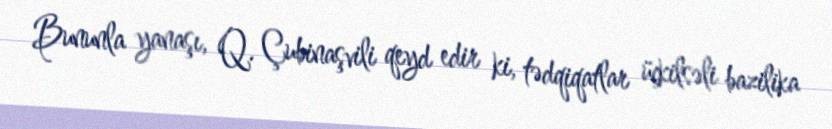
Bununla yanaşı, Q. Çubinaşvili qeyd edir ki, tədqiqatlar üçkilsəli bazilika